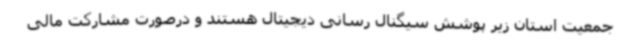
جمعیت استان زیر پوشش سیگنال رسانی دیجیتال هستند و درصورت مشارکت مالی